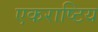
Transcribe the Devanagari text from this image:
एकराष्टिय